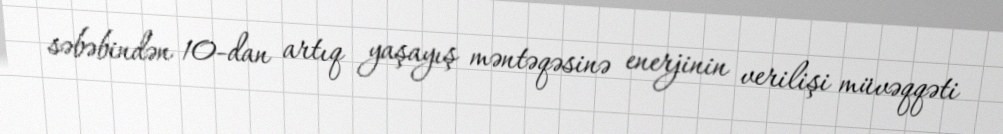
səbəbindən 10-dan artıq yaşayış məntəqəsinə enerjinin verilişi müvəqqəti